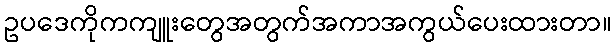
ဥပဒေကိုကကျူးတွေအတွက်အကာအကွယ်ပေးထားတာ။